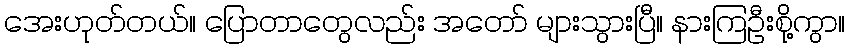
အေးဟုတ်တယ်။ ပြောတာတွေလည်း အတော် များသွားပြီ။ နားကြဦးစို့ကွာ။